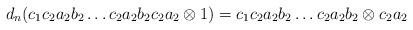
LaTeX: \begin{align*}d_n(c_1c_2a_2b_2 \dots c_2a_2b_2c_2a_2 \otimes 1) = c_1c_2a_2b_2 \dots c_2a_2b_2 \otimes c_2a_2\end{align*}